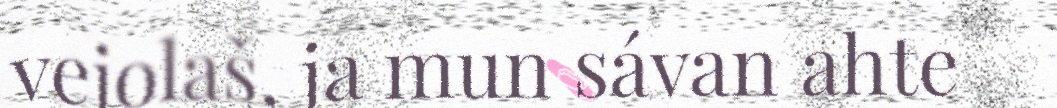
vejolaš, ja mun sávan ahte